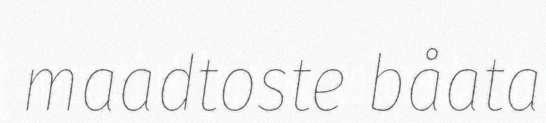
maadtoste båata